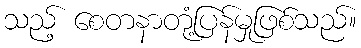
သည့် စေတနာတုံ့ပြန်မှုဖြစ်သည်။